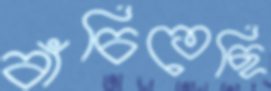
বাঁচিতেছি